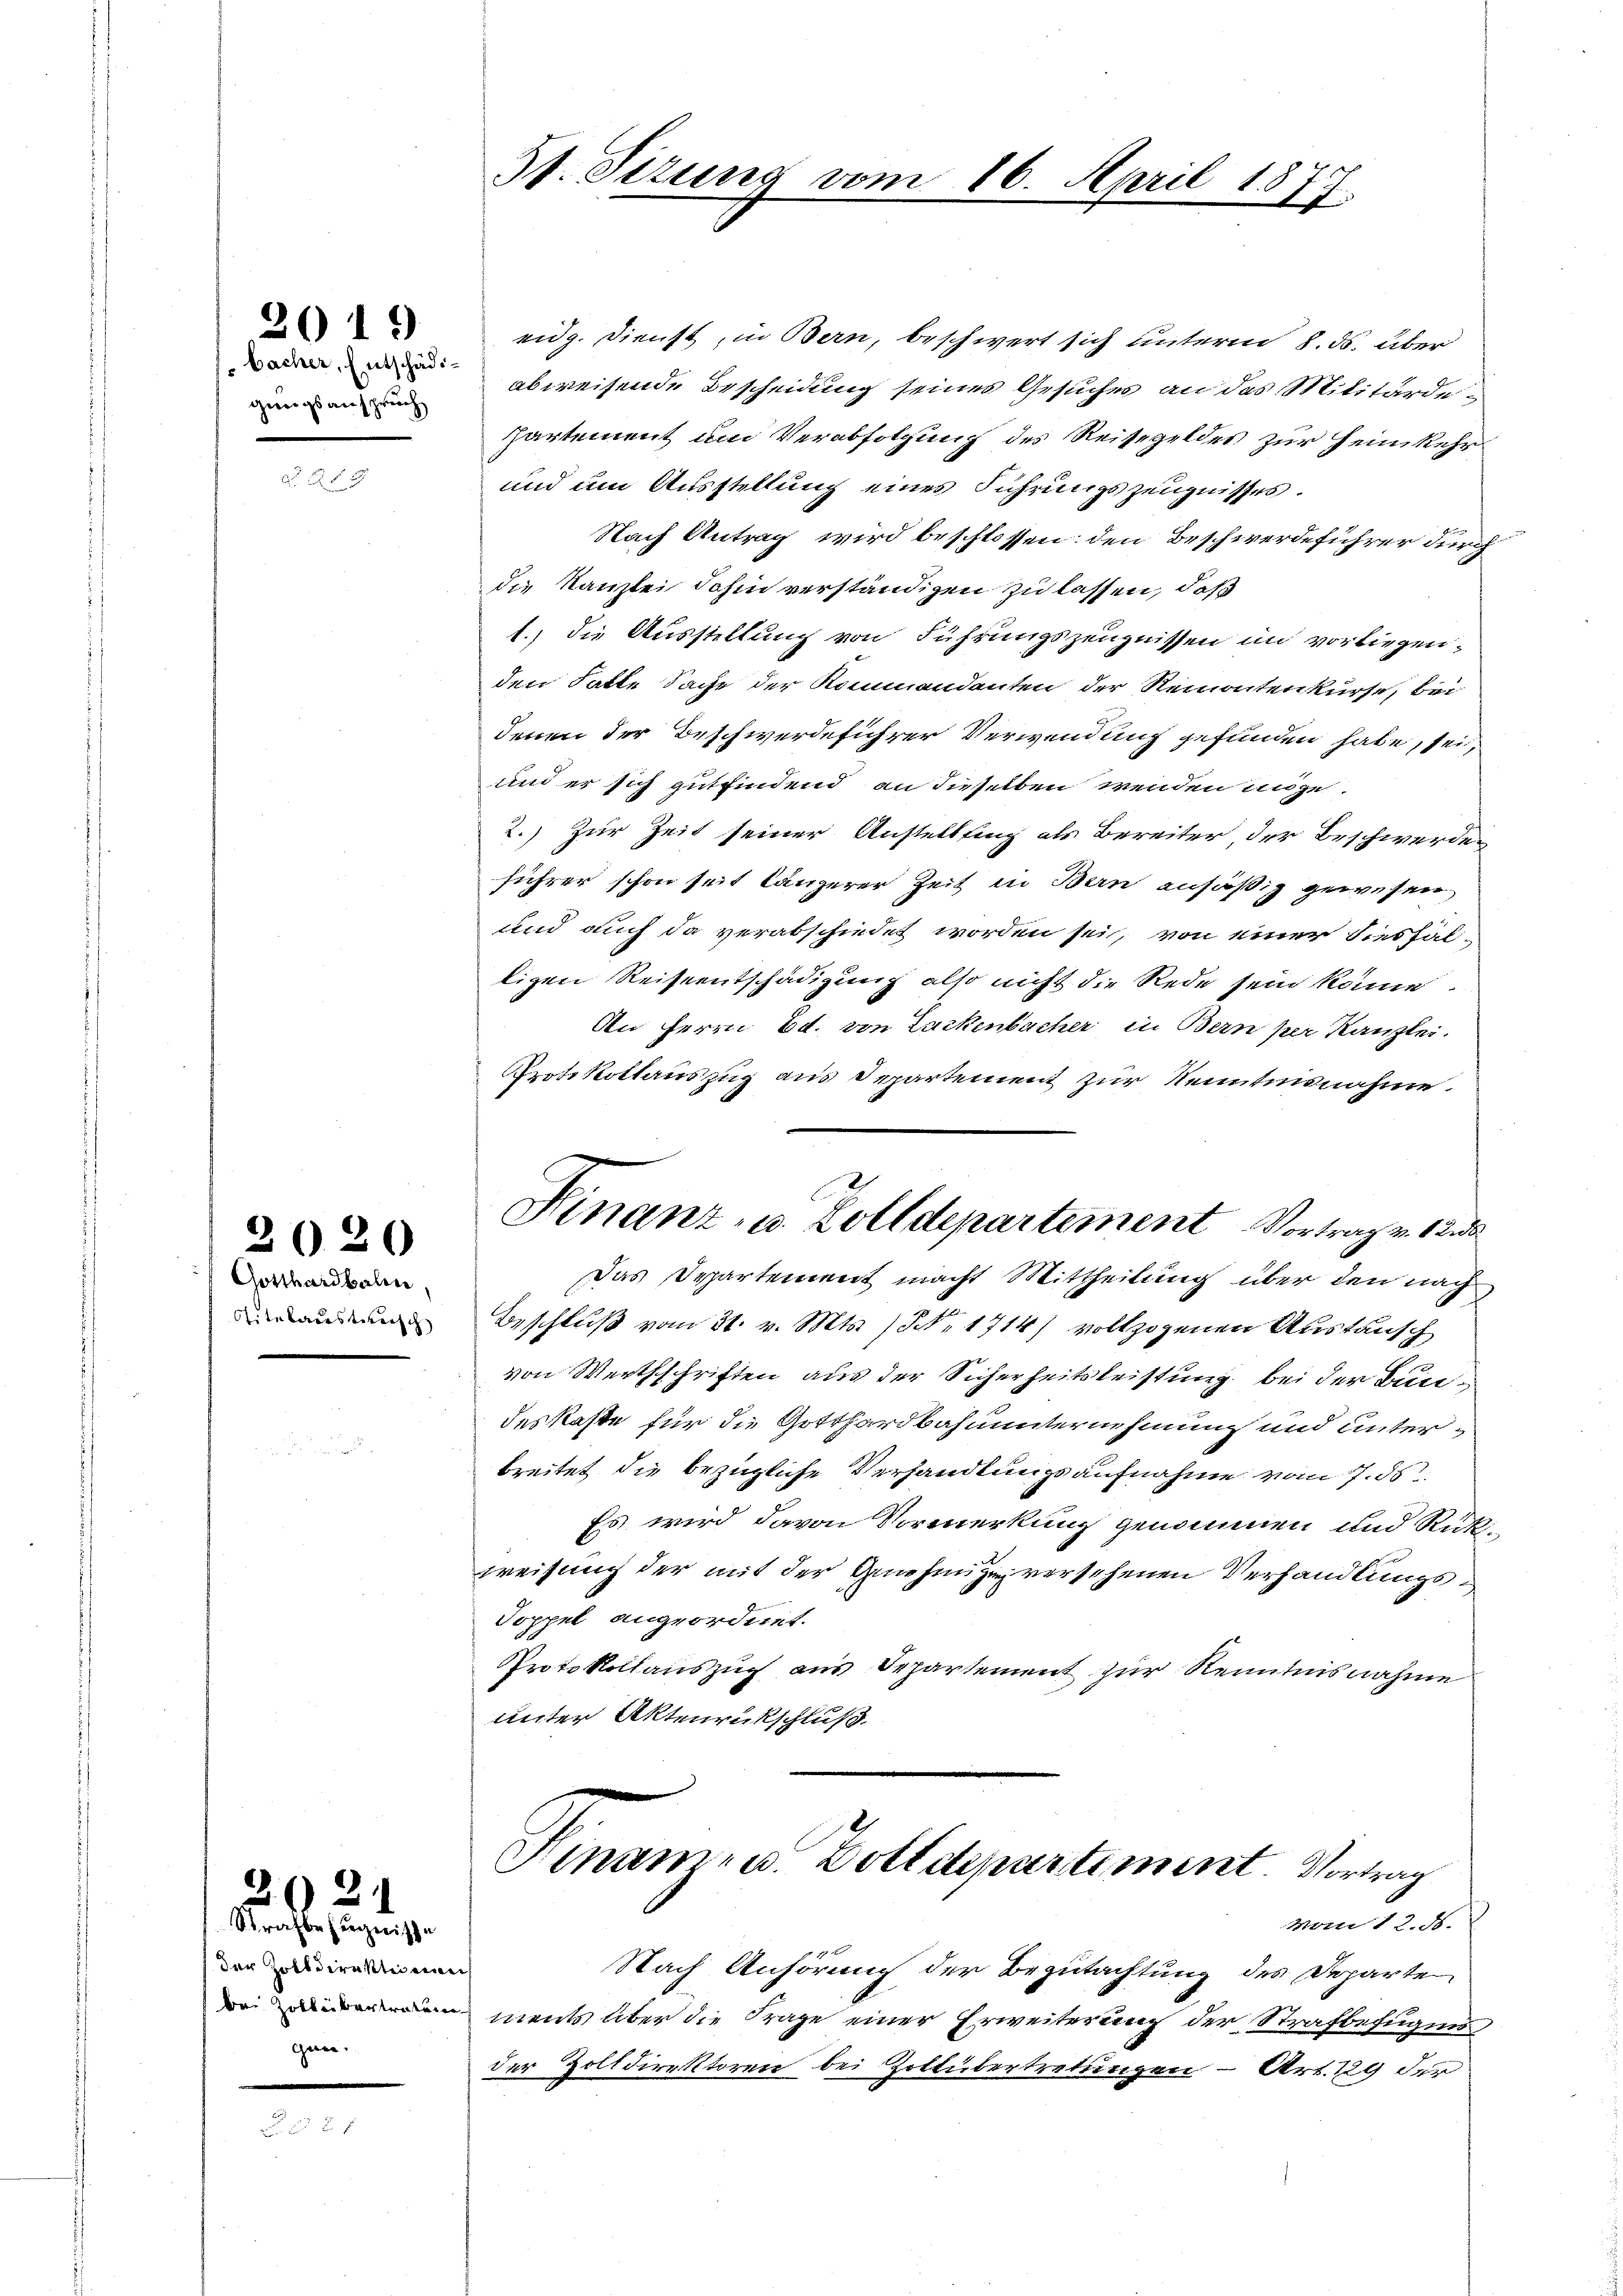
genugsanspruch

2019

Gotthardbalen
Titeladestanisch

2020

der Zolldirektionier
gen.

2021
Strafbefugnisse

St. Sizung vom 16. April 1877.

Finanz- u. Zolldepartement Vortrag v. 12 de

eidg. Dienst, in Bern, beschwert sich unterm 8. ds. über
 abweisende Bescheidung seines Gesuches an das Militärde-
Partement um Verabfolgung des Reisegeldes zur Heimkehr
und um Ausstellung eines Führungszeugnisses.
Nach Antrag wird beschlossen: den Beschwerdeführer durch
die Kanzlei dahin verständigen zu lassen, daß
1.) die Ausstellung von Führungszeugnissen in vorliegen,
den hatte Sache der Kommandanten der Remontenkurse, bei
denen der Beschwerdeführer Verwendung gefunden habe, sei,
und er sich gutfindend an dieselben wenden ange¬
2.) Zur Zeit seiner Anstellfing als Bereiter, der Beschwerden
führer schon seit längerer Zeit in Bern ansäßig gewesen,
und auch da verabschiedet worden sei, von einer diesfälligen Reiseentschädigung also nicht die Rede sein könne.
An Herrn Ed. von Lackenbacher in Bern per Kanzlei.
Protokollauszug aus Departement zur Kenntnisnahme.
Das Departement macht Mittheilung über den nach
Beschluß vom 31. v. Mts. No. 1714) vollzogenen Austausch
von Werthschriften aus der Sicherheitsleistung bei der Bundeskaste für die Gotthardbahnunternehmung und unterbreitet die bezügliche Verhandlungsaufnahme vom 7. ds.
Es wird davon Vormerkung genommen und Rückse
weisung der mit der Genehmigen versehenen Verhandlungs¬
Soppel angeordnet.
Protokollauszug aus Departement zur Kenntnisnahme
unter Aktenrückschluß
Sinamen. Dottdepartiment. Vortrag
vom 12. d.
Nach Anhörung der Begutachtung des Departe
 ments über die Frage einer Erweiterung der Strafbefugung
der Zolldirektoren bei Zottübertretungen - Art. 129 der